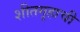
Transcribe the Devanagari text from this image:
शीतगृहाची